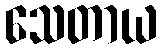
သေတာယ